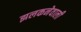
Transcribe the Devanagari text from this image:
झलकनेवाली